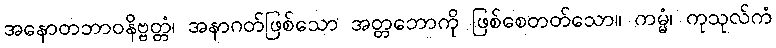
အနောတဘာဝနိဗ္ဗတ္တံ၊ အနာဂတ်ဖြစ်သော အတ္တဘောကို ဖြစ်စေတတ်သော။ ကမ္မံ၊ ကုသုလ်ကံ